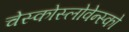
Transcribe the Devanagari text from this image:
चेस्कोस्लोवेन्स्को